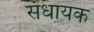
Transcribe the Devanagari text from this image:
संधायक